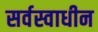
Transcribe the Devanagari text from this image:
सर्वस्वाधीन